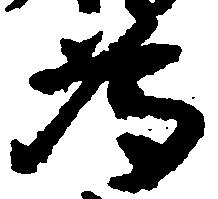
為